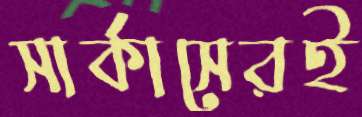
সার্কাসেরই